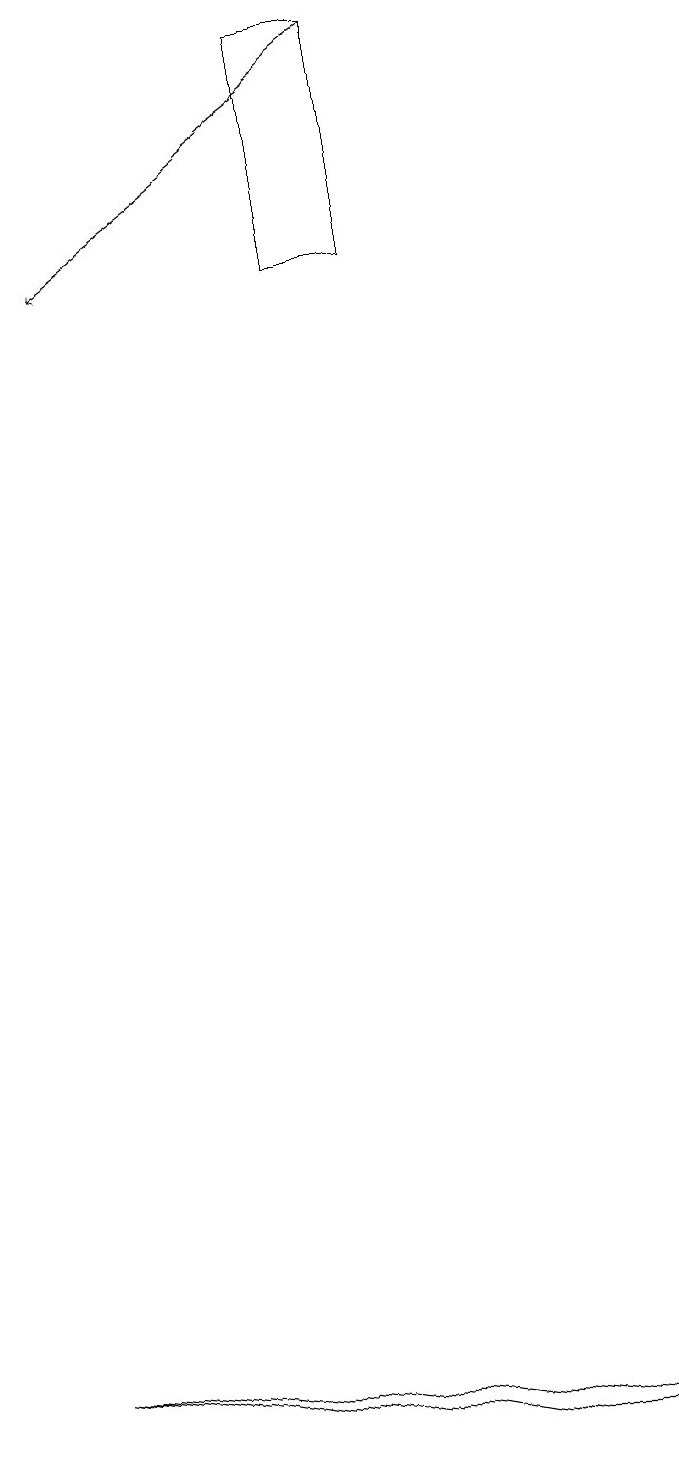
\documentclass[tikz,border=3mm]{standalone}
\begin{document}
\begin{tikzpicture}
\draw (6,0) -- (8,0) -- (0,1) -- cycle;
\draw (5,15) rectangle (4,18);
\draw[->] (5,18) -- (1,15);
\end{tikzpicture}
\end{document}